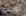
لوريلاي